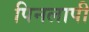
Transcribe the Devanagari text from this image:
पिनलापी